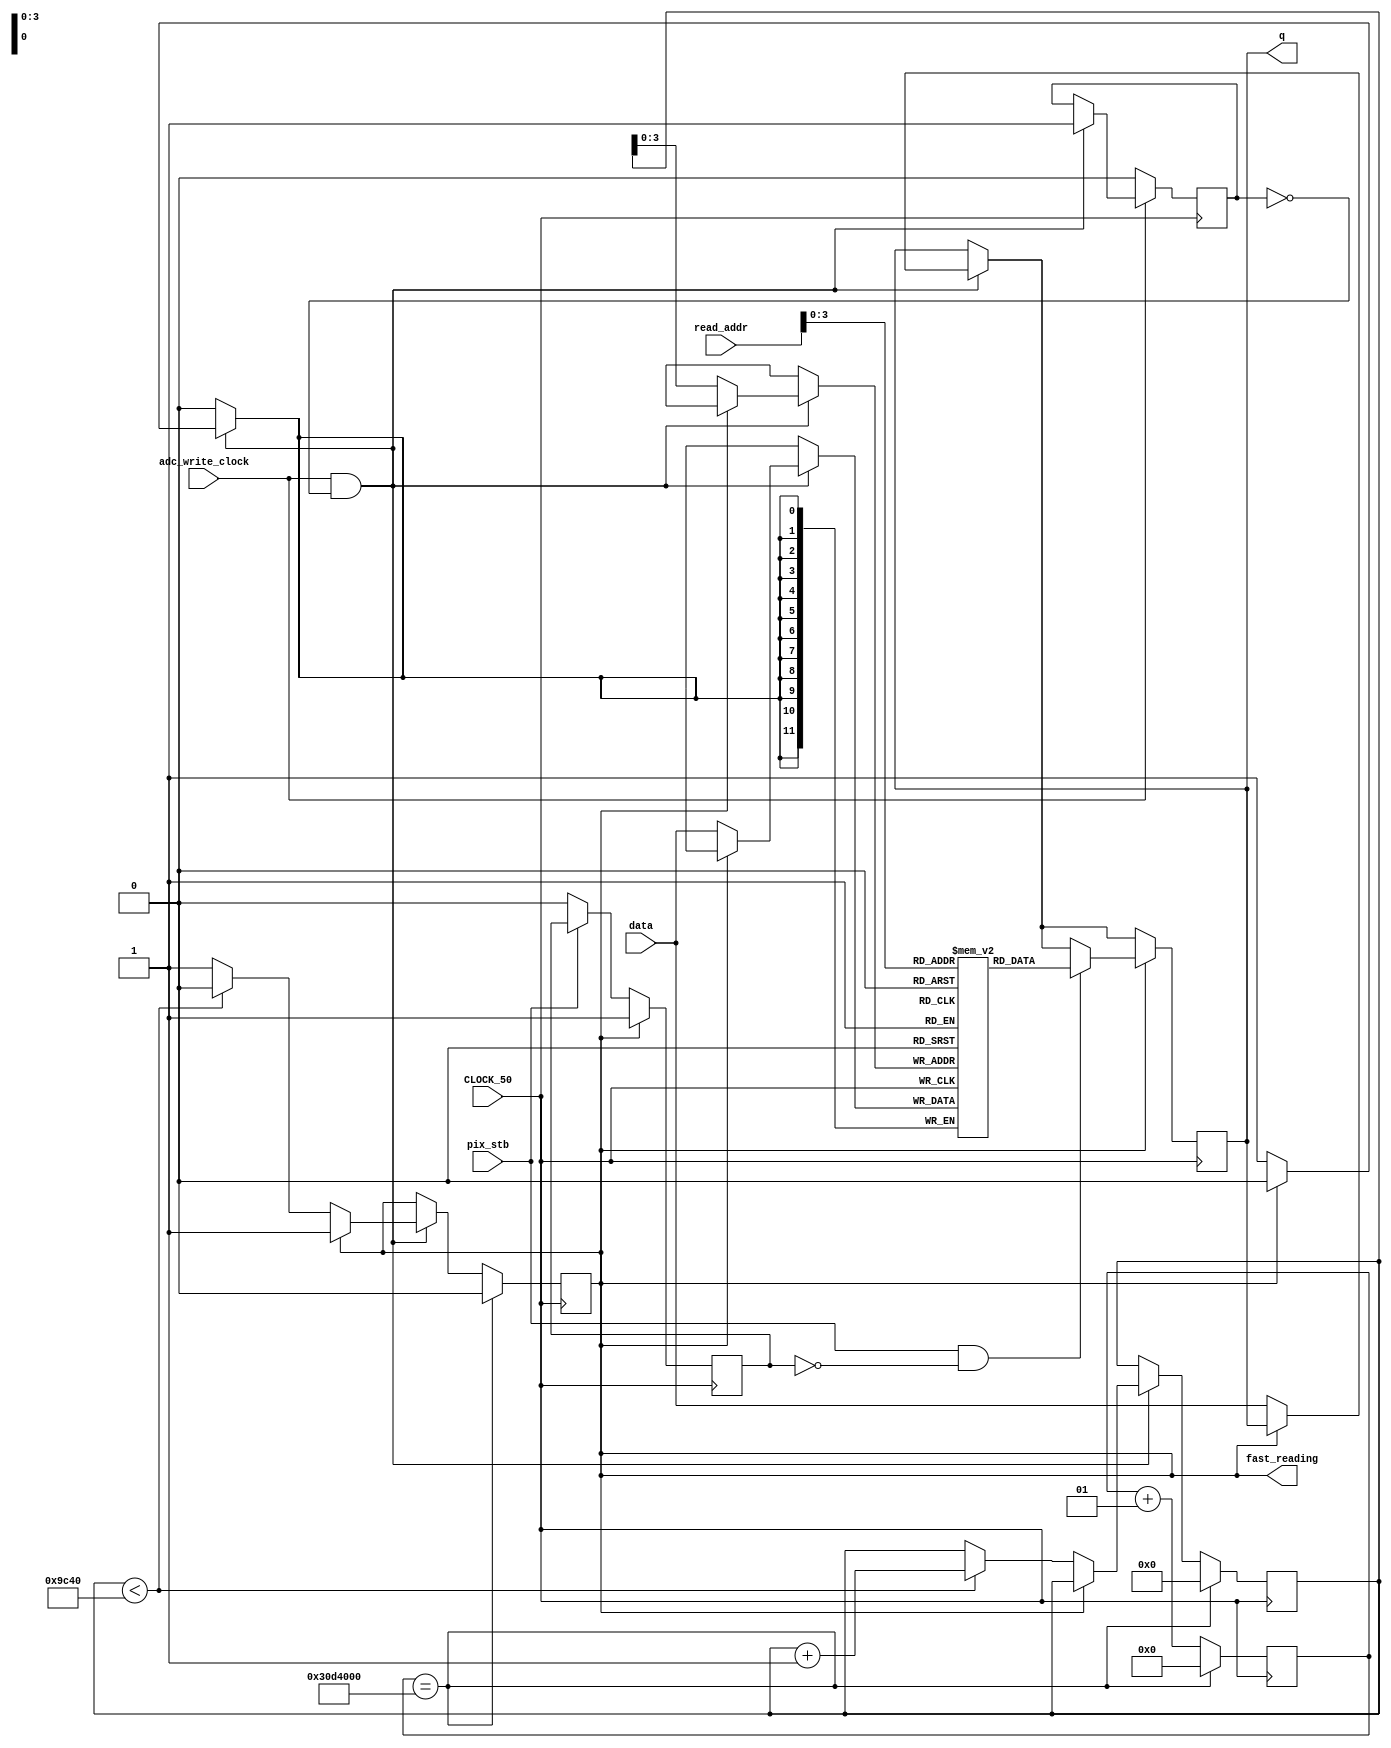
module ram (   input [11:0] data,
					input [15:0] read_addr,
					input adc_write_clock,
					output reg [11:0] q,
					output reg fast_reading,
					input CLOCK_50,
					input pix_stb
					);
					
					
	// Connections which must be in top module:
	// adc_write_clock with ADC_CS_N in adc
	// read_addr with read_addr in vga
	// q with 

	parameter number_sample = 16'd40000;
	
	reg [11:0] ram[15:0];
	reg [15:0] addr;
	integer counter_clk;
	reg checked;
	reg checked2;
	
	initial begin
		addr <= 0;
		fast_reading <= 0;
		counter_clk <= 0;
		checked <= 0;
		checked2 <= 0;
	end
	

	// ADC_SCLK = 4 X CLOCK_50
	// read = 16 x ADC_SCLK = 64 CLOCK_50
	// idle = 16 x ADC_SCLK = 64 CLOCK_50
	
	always @ (posedge CLOCK_50)
	begin
		// Writing ADC data to RAM 
		// In every 128 x CLOCK_50, adc_write_clk goes posedge
		// When adc_write_clk goes posedge, adc created an 12 bit data
		if(adc_write_clock == 1 && checked == 0) begin
			if(fast_reading == 0) begin
				ram[addr] <= data; // Write
				q <= data;  // Instantaneous read
				if (addr < number_sample) addr <= addr + 1;
				else fast_reading <= 1;
			end
			checked <= 1;
		end
		
		if(adc_write_clock == 0) checked <= 0;
		if(pix_stb == 0) checked2 <= 0;
		
		// Fast Read after RAM is full-loaded 
		if(fast_reading == 1) begin
			if(pix_stb == 1 && checked2 == 0) q <= ram[read_addr];
			checked2 <= 1;
		end
		
		
		if(counter_clk == 'd51200000) begin
			counter_clk <= 'd0;
			fast_reading <= 0;
			addr <= 0;
		end else begin
			counter_clk <= counter_clk +1;
		end
		
	end
	
endmodule